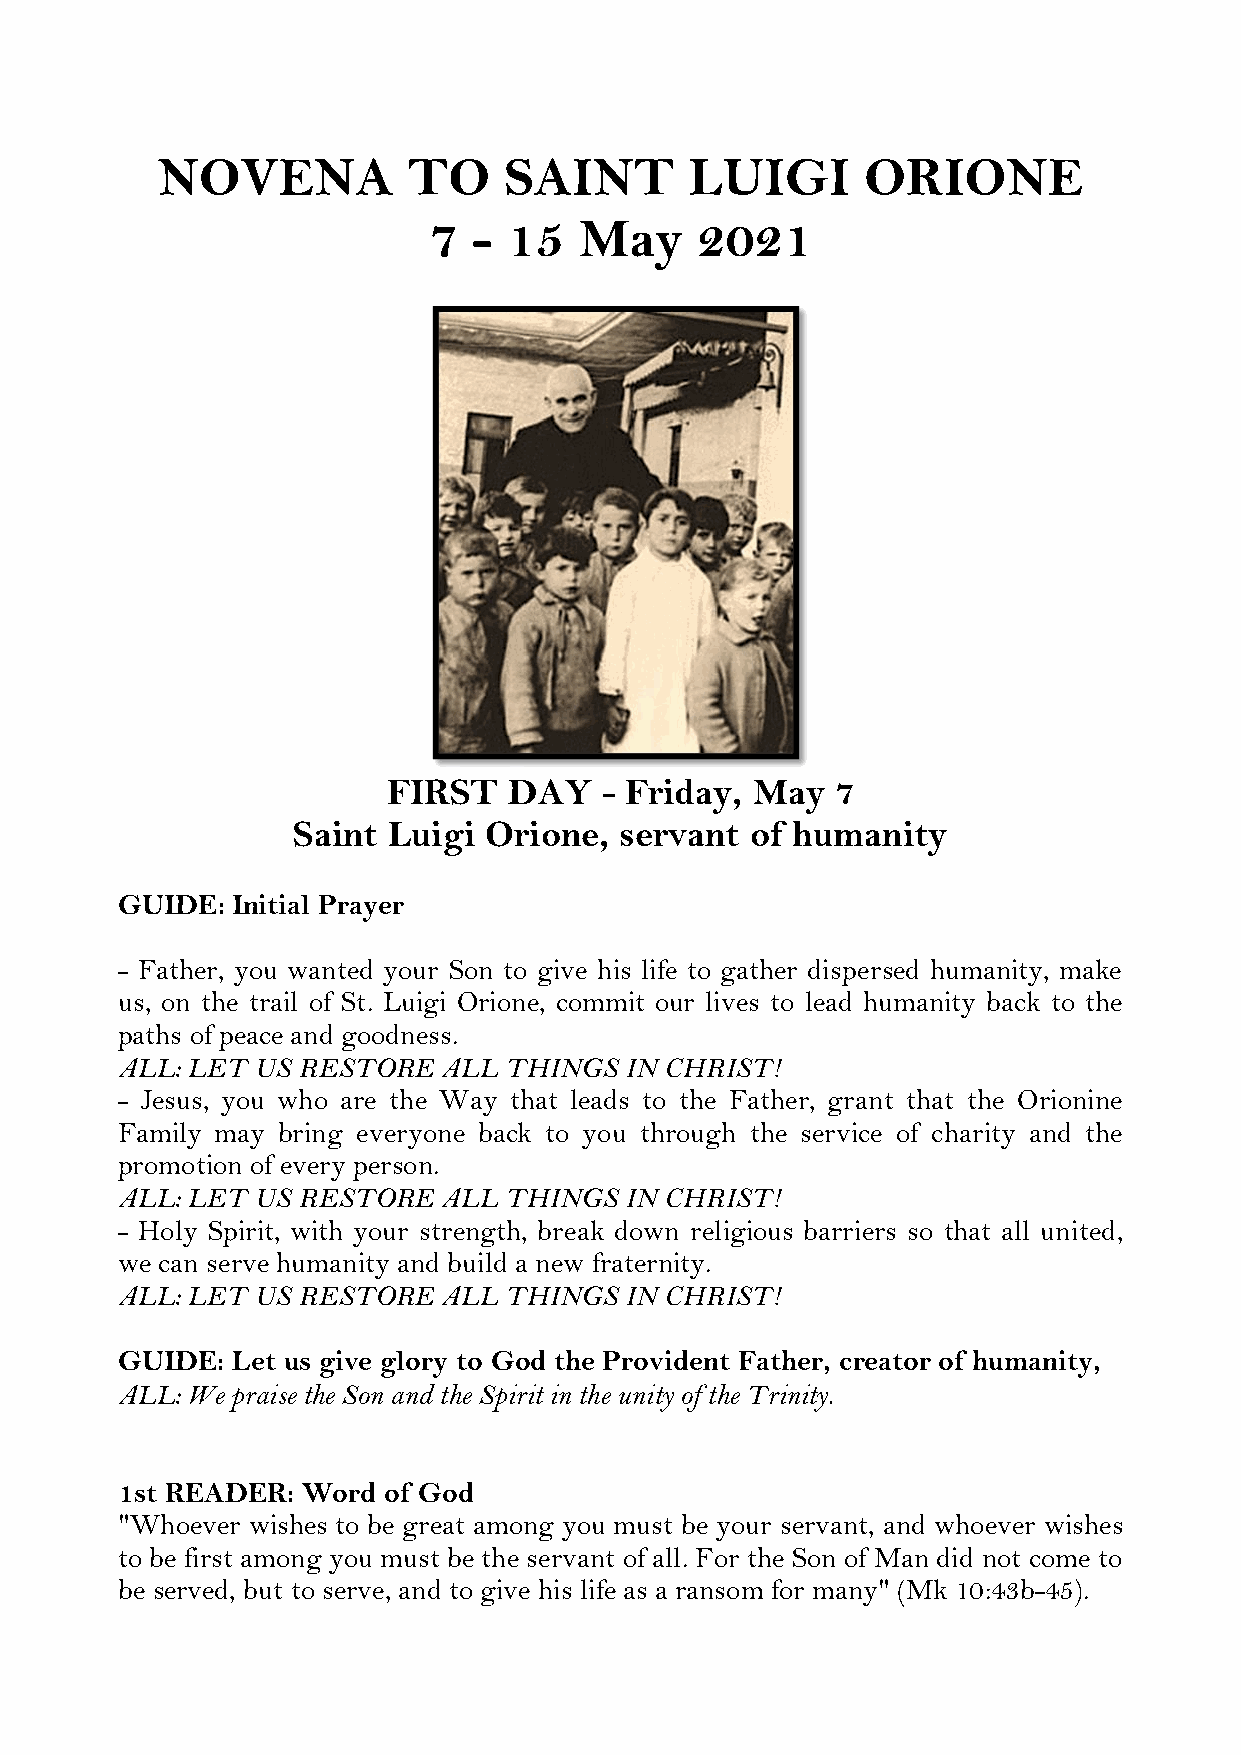
NOVENA           TO    SAINT        LUIGI      ORIONE
 7  -  15  May     2021
 FIRST   DAY   - Friday, May  7
 Saint  Luigi Orione,  servant  of humanity
 GUIDE: Initial Prayer
 - Father, you wanted your Son to give his life to gather dispersed humanity, make
 us, on the trail of St. Luigi Orione, commit our lives to lead humanity back to the
 paths of peace and goodness.
 ALL: LET US RESTORE  ALL THINGS  IN CHRIST!
 - Jesus, you who are the Way that leads to the Father, grant that the Orionine
 Family may bring everyone back to you through the service of charity and the
 promotion of every person.
 ALL: LET US RESTORE  ALL THINGS  IN CHRIST!
 - Holy Spirit, with your strength, break down religious barriers so that all united,
 we can serve humanity and build a new fraternity.
 ALL: LET US RESTORE  ALL THINGS  IN CHRIST!
 GUIDE: Let us give glory to God the Provident Father, creator of humanity,
 ALL: We praise the Son and the Spirit in the unity of the Trinity.
 1st READER: Word of God
 "Whoever wishes to be great among you must be your servant, and whoever wishes
 to be first among you must be the servant of all. For the Son of Man did not come to
 be served, but to serve, and to give his life as a ransom for many" (Mk 10:43b-45).